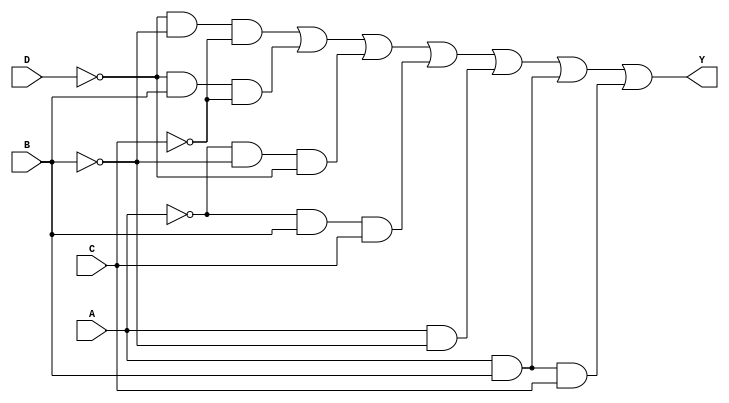
module combinational_logic_block (
    input wire A,
    input wire B,
    input wire C,
    input wire D,
    output wire Y
);

// Minimized logic expression (example) derived from K-map or Quine-McCluskey
// Y = D'B'C' + D'BC' + A'B'D' + A'BC + AB' + ABC + AB
assign Y = (~D & ~B & ~C) | (~D & B & ~C) | (~A & ~B & ~D) | (~A & B & C) | 
           (A & ~B) | (A & B) | (A & B & C);

// Testbench for validation
initial begin
    $monitor("A=%b B=%b C=%b D=%b | Output Y=%b", A, B, C, D, Y);
end

endmodule